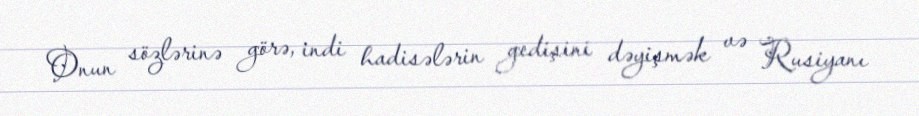
Onun sözlərinə görə, indi hadisələrin gedişini dəyişmək və Rusiyanı